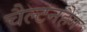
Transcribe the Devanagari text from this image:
चैल्टनहैग